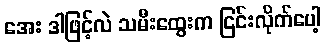
အေး ဒါဖြင့်လဲ သမီးထွေးက ငြင်းလိုက်ပေါ့